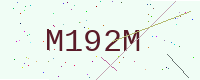
Text: M192M